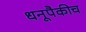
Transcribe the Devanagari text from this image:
धनूपैकीच